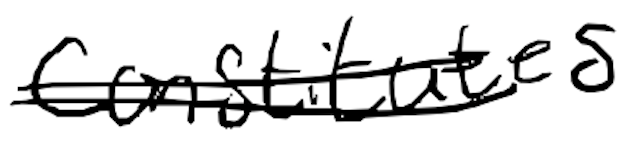
Text: constitutes
Cross-out: double-line
Writing tool: digital_black